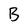
Character: B